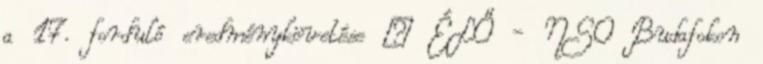
a 17. forduló eredménykövetése – ÉLŐ - NSO Budafokon